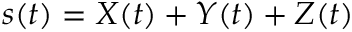
s ( t ) = X ( t ) + Y ( t ) + Z ( t )